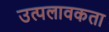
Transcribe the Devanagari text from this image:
उत्पलावकता